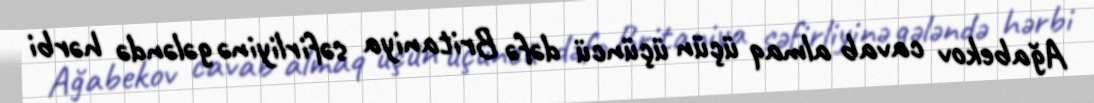
Ağabekov cavab almaq üçün üçüncü dəfə Britaniya səfirliyinə gələndə hərbi